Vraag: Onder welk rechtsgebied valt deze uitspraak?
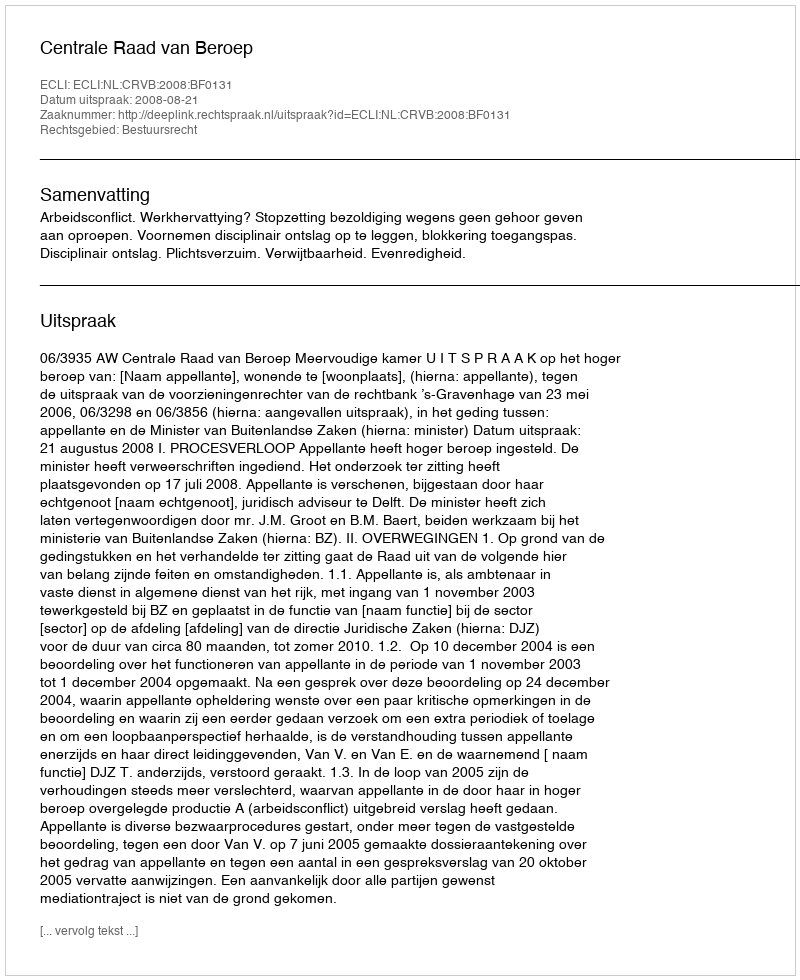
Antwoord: Bestuursrecht